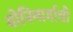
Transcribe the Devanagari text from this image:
योनिमार्गाची